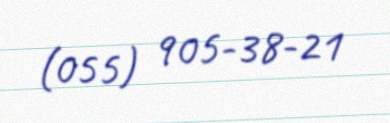
(055) 905-38-21